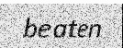
beaten